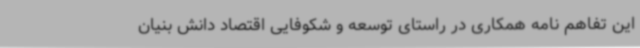
این تفاهم نامه همکاری در راستای توسعه و شکوفایی اقتصاد دانش بنیان